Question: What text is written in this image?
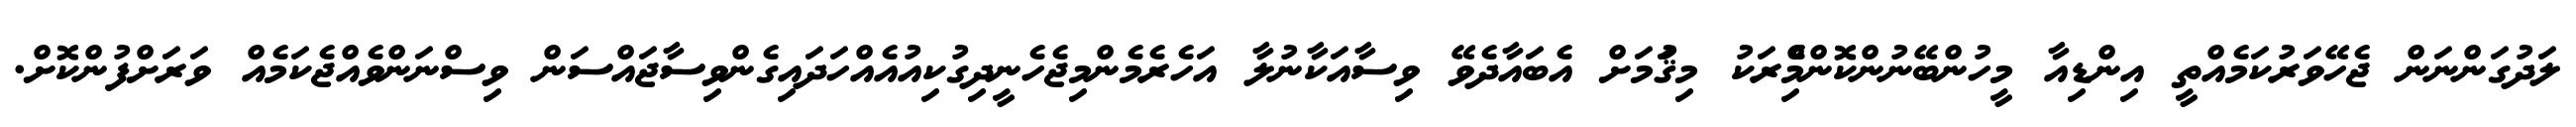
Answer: ލަދުގަންނަން ޖެހޭވަރުކަމެއްތީ އިންޑިއާ މީހުންބޭނުންކޮންމެްިރަކު މިޤަުމަށް އެބައާދެވޭ ވިސާއަކާނުލާ އަހެރެމެންމިޖެހެނީދިގުކިއުއެއްހަދައިގެންވިސާޖައްސަން ވިސްނަންވެއްޖެކަމެއް ވަރަށްފުންކޮށް.